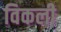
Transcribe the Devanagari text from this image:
विकली़